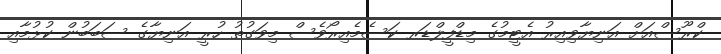
ކްރޫސްއަށް އަނިޔާވިއިރު އެޓީމުގެ މިޑްފީލްޑަރ ކަސެމެއިރޯވެސް މިވަގުތު ހުރީ އަނިޔާގެ ސަބަބުން ކުޅުމާއި